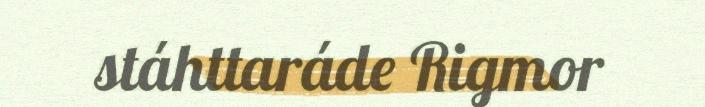
stáhttaráde Rigmor